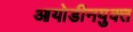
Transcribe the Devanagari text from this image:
आयोडीनयुक्त